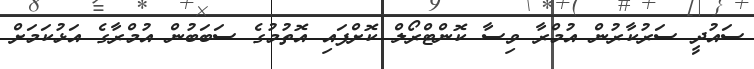
ސައުދީ ސަރުކާރުން އުމްރާ ވިސާ ކޮންޓްރޯލް ކޮށްފައި އޮތުމުގެ ސަބަބުން އުމްރާގެ އަޅުކަމަށް